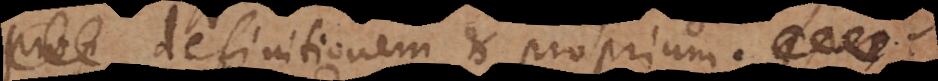
prop definitionem et propriumquae